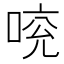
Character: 𠵷